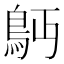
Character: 𩾳